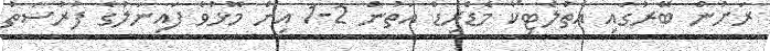
ރަށުން ބޭރުގައި އެތުލެޓިކޯ މެޑްރިޑް އަތުން 2-1 އިން މޮޅުވެ ފައިނަލުގެ ފުރުސަތު